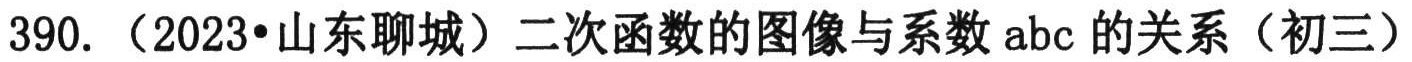
390.（2023•山东聊城）二次函数的图像与系数 \(abc\) 的关系（初三）